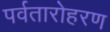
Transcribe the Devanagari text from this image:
पर्वतारोहरण